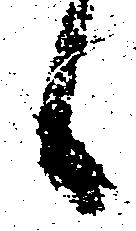
々